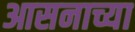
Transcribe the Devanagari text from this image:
आसनाच्या